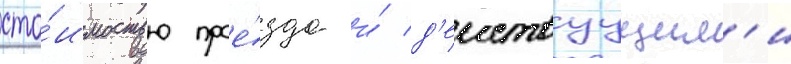
сто́имостью прое́зда и́ д'еиствуущим'и